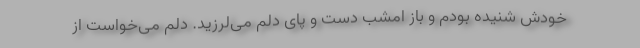
خودش شنیده بودم و باز امشب دست و پای دلم می‌لرزید. دلم می‌خواست از